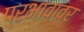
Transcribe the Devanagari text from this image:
प्रभावावर